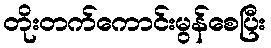
တိုးတက်ကောင်းမွန်စေပြီး